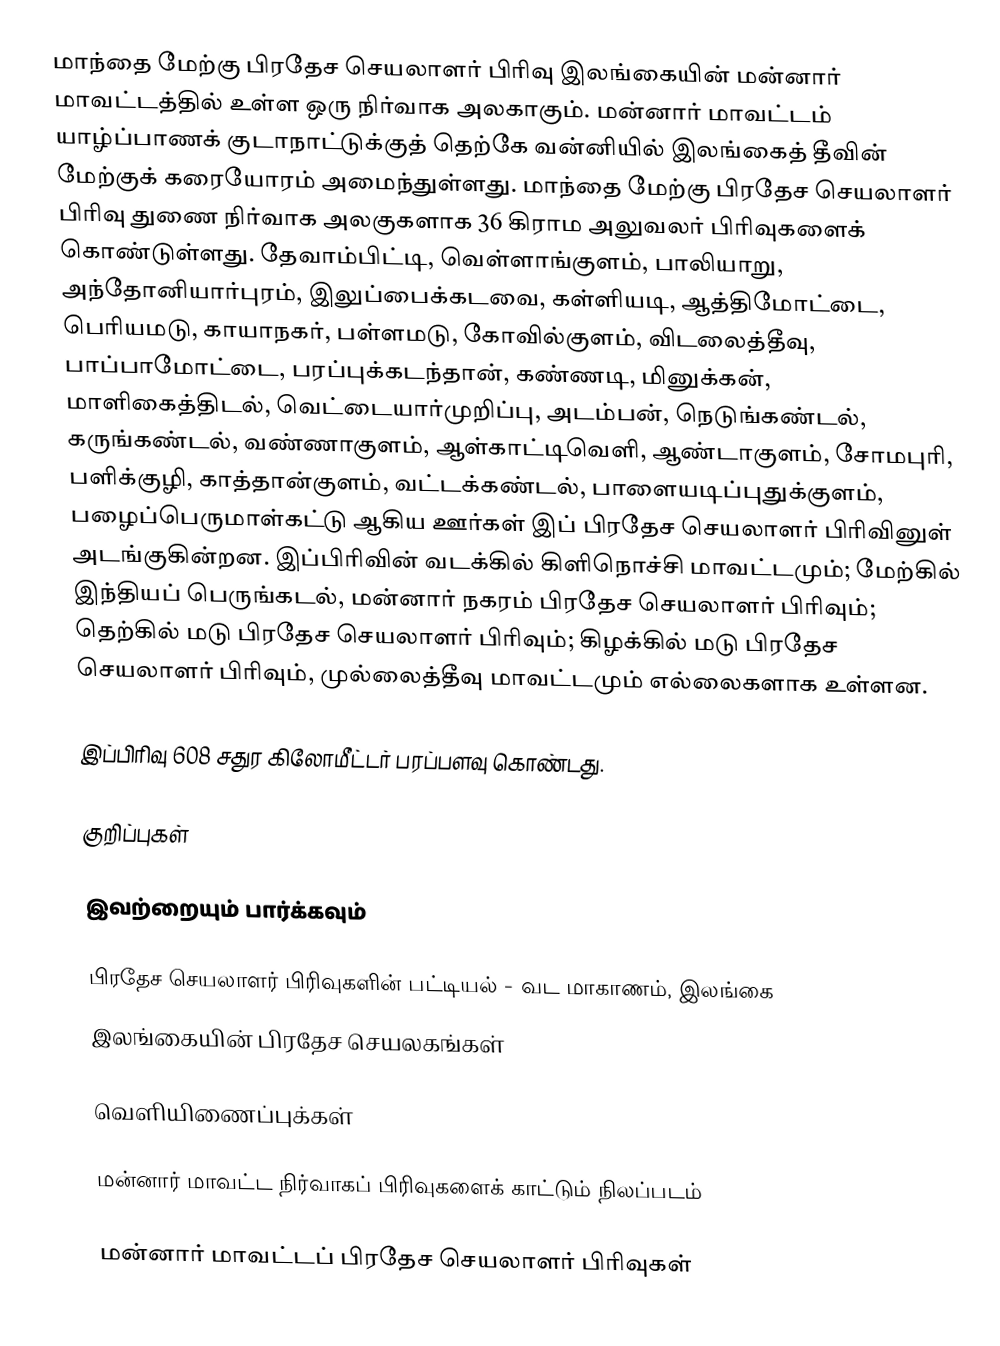
மாந்தை மேற்கு பிரதேச செயலாளர் பிரிவு இலங்கையின் மன்னார் மாவட்டத்தில் உள்ள ஒரு நிர்வாக அலகாகும். மன்னார் மாவட்டம் யாழ்ப்பாணக் குடாநாட்டுக்குத் தெற்கே வன்னியில் இலங்கைத் தீவின் மேற்குக் கரையோரம் அமைந்துள்ளது. மாந்தை மேற்கு பிரதேச செயலாளர் பிரிவு துணை நிர்வாக அலகுகளாக 36 கிராம அலுவலர் பிரிவுகளைக் கொண்டுள்ளது. தேவாம்பிட்டி, வெள்ளாங்குளம், பாலியாறு, அந்தோனியார்புரம், இலுப்பைக்கடவை, கள்ளியடி, ஆத்திமோட்டை, பெரியமடு, காயாநகர், பள்ளமடு, கோவில்குளம், விடலைத்தீவு, பாப்பாமோட்டை, பரப்புக்கடந்தான், கண்ணடி, மினுக்கன், மாளிகைத்திடல், வெட்டையார்முறிப்பு, அடம்பன், நெடுங்கண்டல், கருங்கண்டல், வண்ணாகுளம், ஆள்காட்டிவெளி, ஆண்டாகுளம், சோமபுரி, பளிக்குழி, காத்தான்குளம், வட்டக்கண்டல், பாளையடிப்புதுக்குளம், பழைப்பெருமாள்கட்டு ஆகிய ஊர்கள் இப் பிரதேச செயலாளர் பிரிவினுள் அடங்குகின்றன. இப்பிரிவின் வடக்கில் கிளிநொச்சி மாவட்டமும்; மேற்கில் இந்தியப் பெருங்கடல், மன்னார் நகரம் பிரதேச செயலாளர் பிரிவும்; தெற்கில் மடு பிரதேச செயலாளர் பிரிவும்; கிழக்கில் மடு பிரதேச செயலாளர் பிரிவும், முல்லைத்தீவு மாவட்டமும் எல்லைகளாக உள்ளன.

இப்பிரிவு 608 சதுர கிலோமீட்டர் பரப்பளவு கொண்டது.

குறிப்புகள்

இவற்றையும் பார்க்கவும்

 பிரதேச செயலாளர் பிரிவுகளின் பட்டியல் - வட மாகாணம், இலங்கை
 இலங்கையின் பிரதேச செயலகங்கள்

வெளியிணைப்புக்கள்

 மன்னார் மாவட்ட நிர்வாகப் பிரிவுகளைக் காட்டும் நிலப்படம்

மன்னார் மாவட்டப் பிரதேச செயலாளர் பிரிவுகள்